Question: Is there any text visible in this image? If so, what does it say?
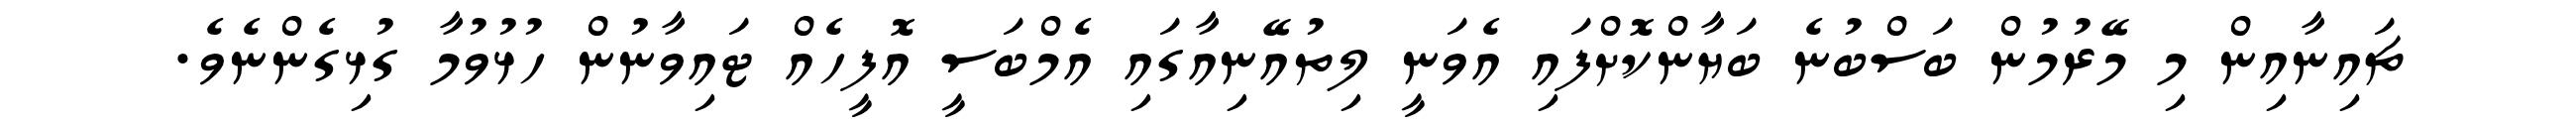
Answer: ޗައިނާއިން މި މޭރުމުން ބަސްބުނެ ބަޔާންކޮށްފައި އެވަނީ ލިތުއޭނިއާގައި އެމްބަސީ އޮފީހެއް ޓައިވާނުން ހުޅުވުމާ ގުޅިގެންނެވެ.